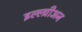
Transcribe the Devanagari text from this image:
इल्ल्य्रीअन